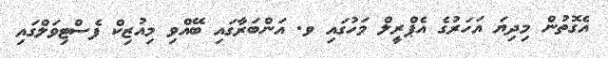
އެގޮތުން މިދިޔަ އަހަރުގެ އެޕްރީލް މަހުގައި ވ. އަންބަރާގައި ބޭއްވި މިއުޒިކް ފެސްޓިވަލްގައި